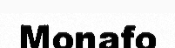
Monafo